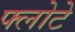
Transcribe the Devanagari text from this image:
फ्लोटे